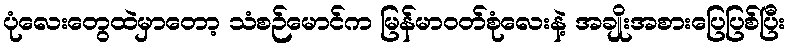
ပုံလေးတွေထဲမှာတော့ သံစဉ်မောင်က မြန်မာဝတ်စုံလေးနဲ့ အချိုးအစားပြေပြစ်ပြီး